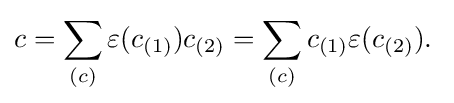
c=\sum _{(c)}\varepsilon (c_{(1)})c_{(2)}=\sum _{(c)}c_{(1)}\varepsilon (c_{(2)}).\;